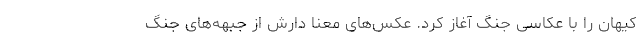
کیهان را با عکاسی جنگ آغاز کرد. عکس‌های معنا دارش از جبهه‌های جنگ